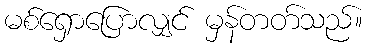
မစ်ရှောပြောလျှင် မှန်တတ်သည်။